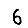
Digit: 6